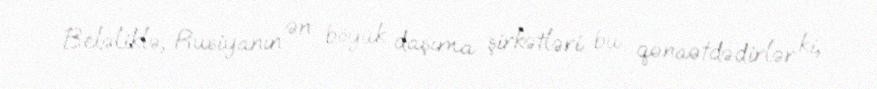
Beləliklə, Rusiyanın ən böyük daşıma şirkətləri bu qənaətdədirlər ki,